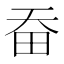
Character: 𤰳